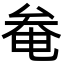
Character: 奙